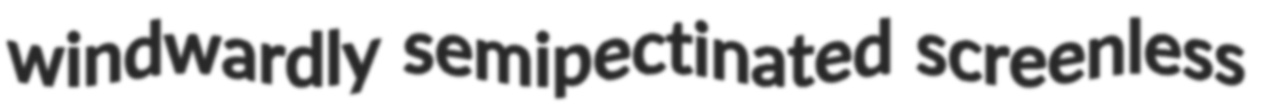
windwardly semipectinated screenless